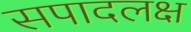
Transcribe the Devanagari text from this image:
सपादलक्ष